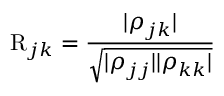
\mathrm { R } _ { j k } = \frac { | \rho _ { j k } | } { \sqrt { | \rho _ { j j } | | \rho _ { k k } | } }